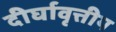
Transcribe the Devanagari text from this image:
दीर्घावृत्तीय